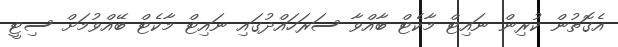
އެގޮތުން ކުރިން ނައިޓް މާކެޓް ބާއްވާ ސަރަހައްދުގައި ނައިޓް މާކެޓް ބޭއްވުމަށް ސިޓީ